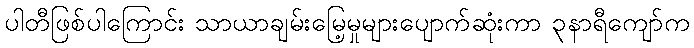
ပါတီဖြစ်ပါကြောင်း သာယာချမ်းမြေ့မှုများပျောက်ဆုံးကာ ၃နာရီကျော်က